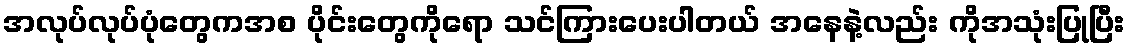
အလုပ်လုပ်ပုံတွေကအစ ပိုင်းတွေကိုရော သင်ကြားပေးပါတယ် အနေနဲ့လည်း ကိုအသုံးပြုပြီး